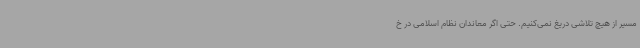
مسیر از هیچ تلاشی دریغ نمی‌کنیم. حتی اگر معاندان نظام اسلامی در خ